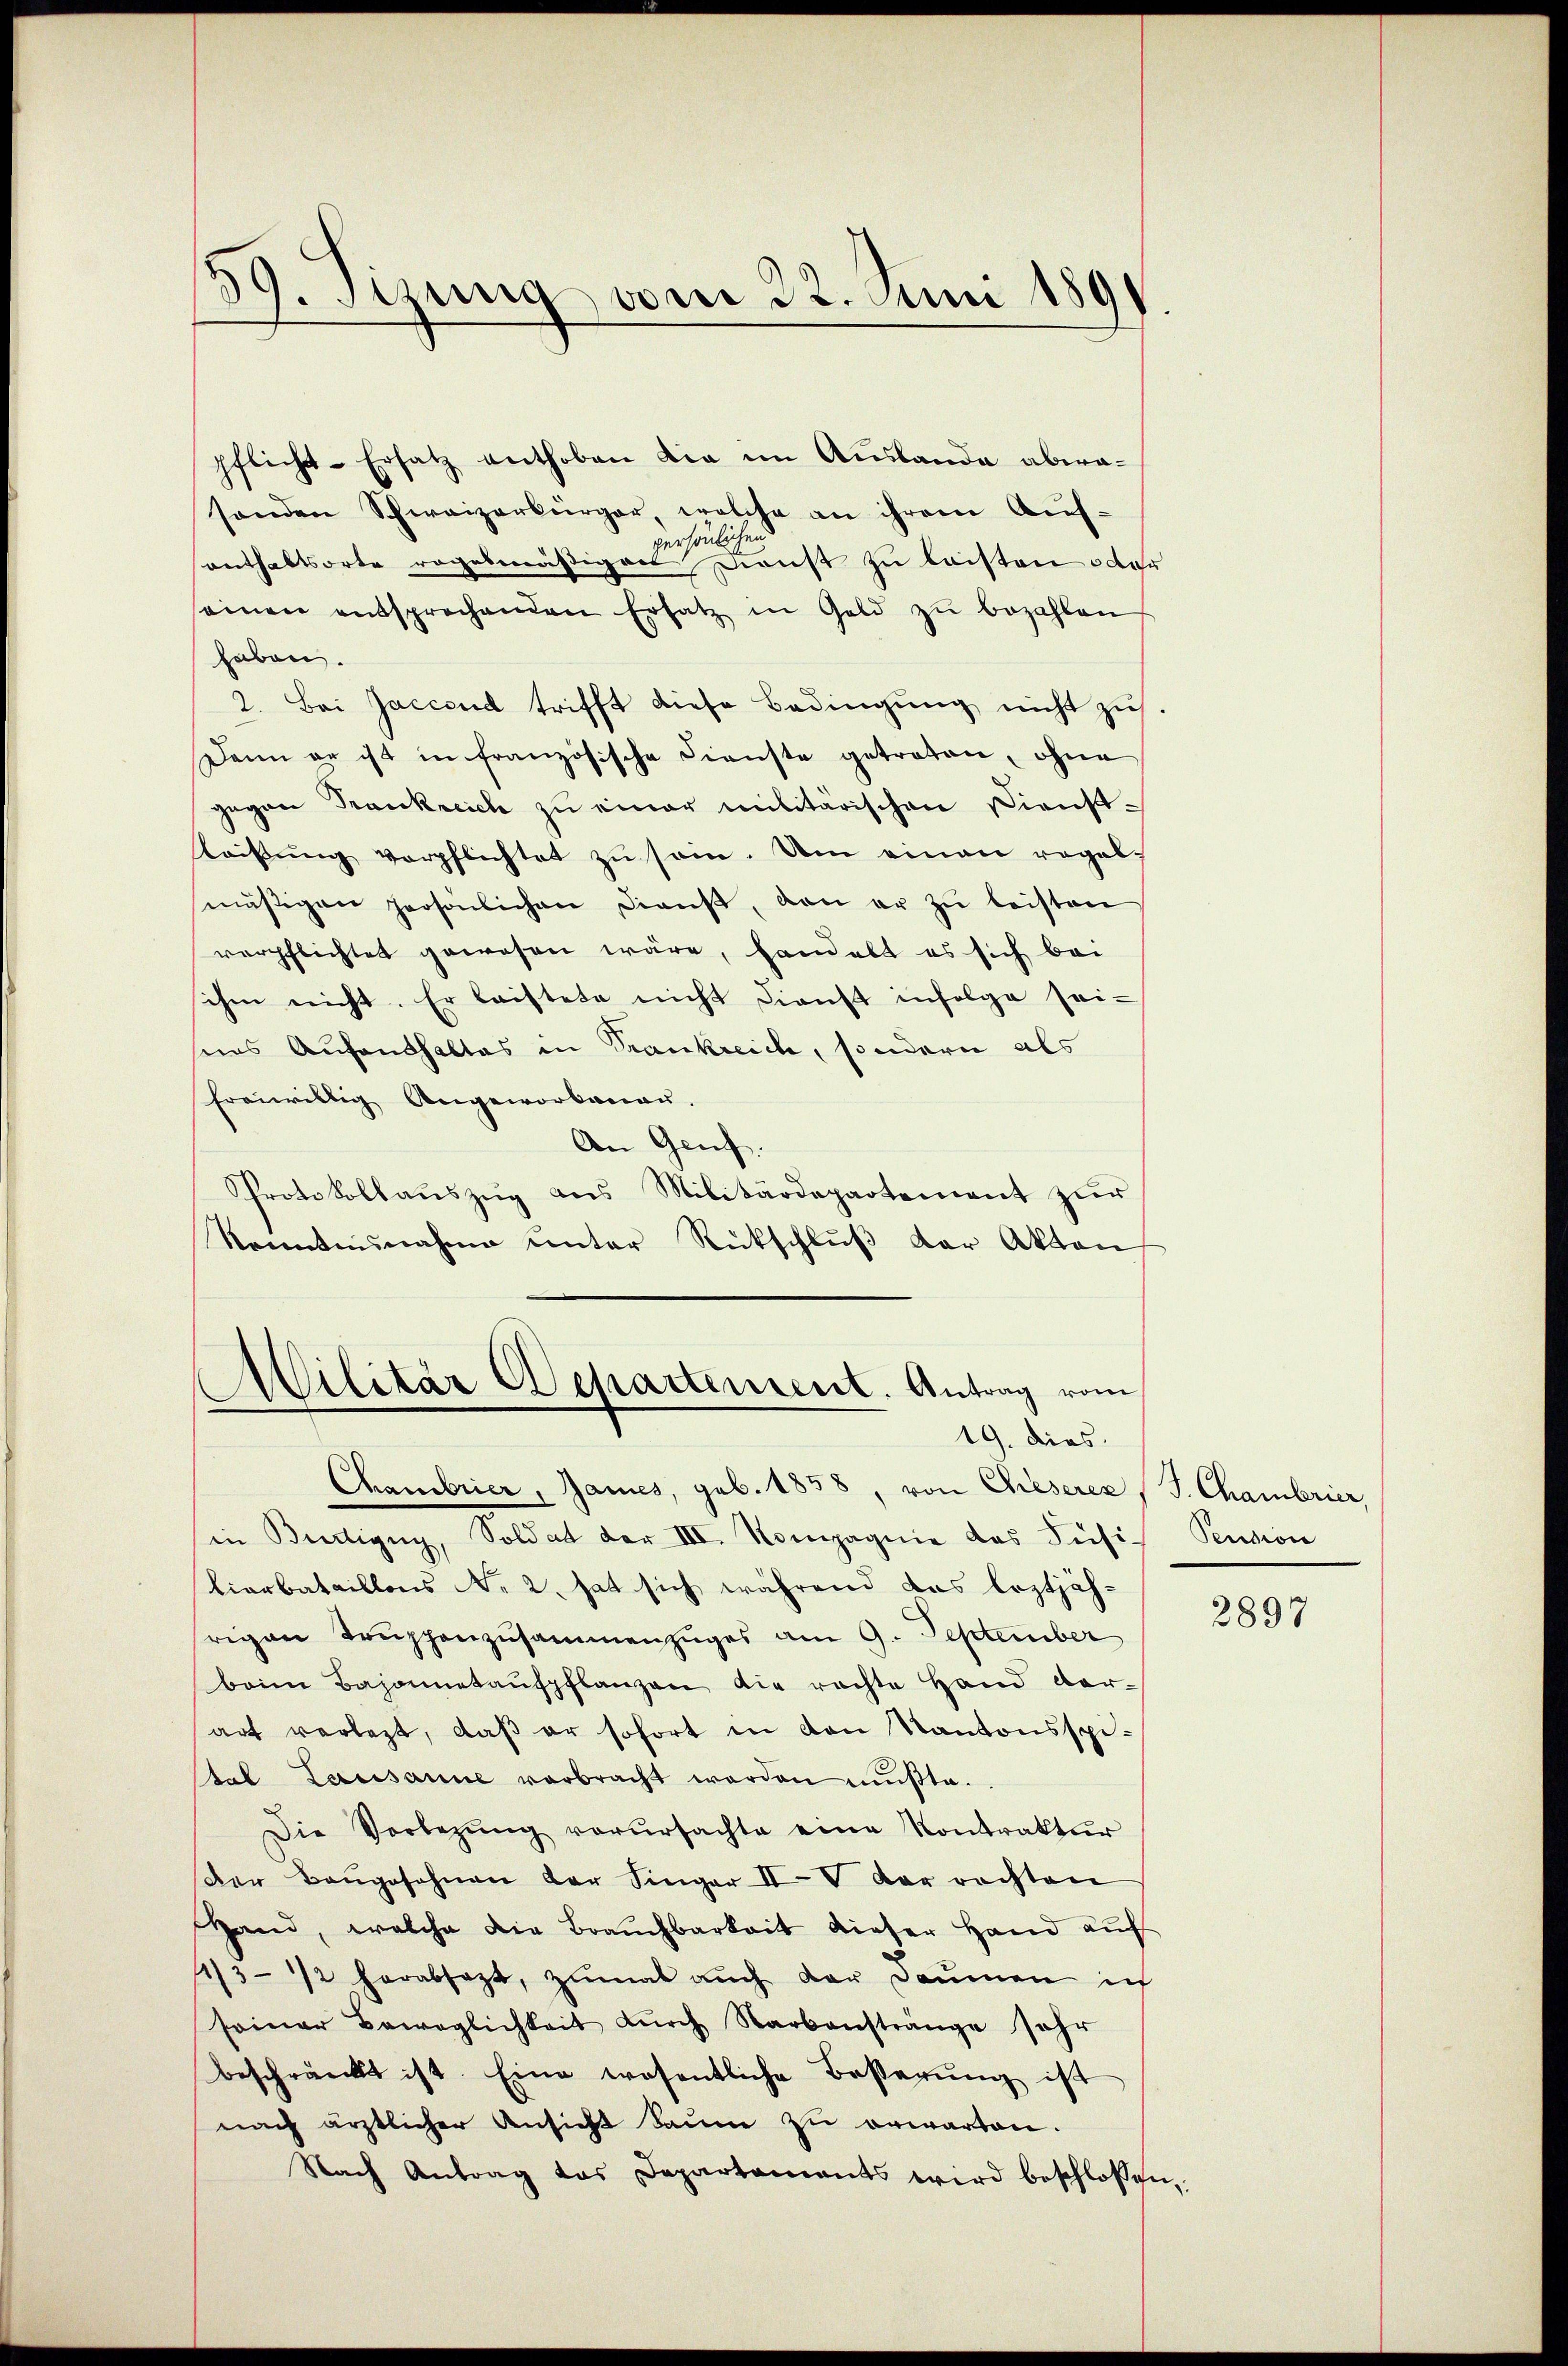
39. Stung vom 23. Juni 189

pflicht-Ersatz enthoben die im Auslanda abwa-
sonden Schweizerbürger, welche an ihrem Auf-
persönlichen
enthaltsorte regelmäßiger Dienst zu leisten oder
seinen entsprechenden Ersatz in Geld zŭ bezahlen
haben.
2. Bei Jaccoud trifft diese Bedingung nicht zu
Dann er ist in französische Dienste getreten, ohne
gegen Frankreich zu einer militärischen Dienstleistung verpflichtet zu sein. Um einen regel-
mäßigen persönlichen Dienst, den er zŭ leisten
verpflichtet gewesen wäre, handelt es sich bei
ihen nicht. Er laistete nicht dienst infolge sei-
seins Aufenthaltes in Trankreich, sondern als
freiwillig Angeworbenau.
An Genf.
Protokollaŭszŭg ans Militärdepartement zŭr
Kenntnisnahme unter Rückschlŭβ der Aktens
Militär Departement. Antrag vom

19. dies

Chambrier, James, geb. 1858, von Chieserer J. Chambrier,
in Bertigny, Soldat der III. Kompagnie das Fusi
lierbataillons No 2. hat sich während das leztjährigen Trŭppenzusammenzuges am 9. September
beim Bajonetaŭfpflanzen die rachte Hand ver-
art verlegt, daß er sofort in den Kantonsspitel Lausanne verbracht worden mußte.
Die Vorlegŭng verŭrsachte eine Kontrakter
Der Baŭgesehnen der Finger IIV der rechten
Hand, welche die Brauchbarkeit dieser Hand aŭf
13- 1/2 herabsagt, zŭmal aŭch der Daumen ich
seiner Beweglichkeit dŭrch Narbanstränge sehr
beschränkt ist. Eine wesentliche Besserŭng ist
nach ärztlicher Ansicht Saum zu erwarten.
Nach Antrag das Departaments wird beschlossen,

Pension

2897